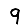
Digit: 9